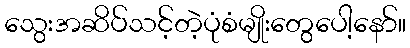
သွေးအဆိပ်သင့်တဲ့ပုံစံမျိုးတွေပေါ့နော်။